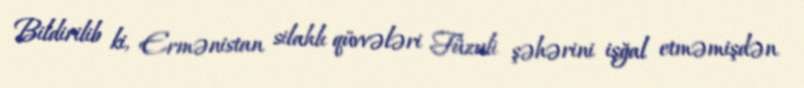
Bildirilib ki, Ermənistan silahlı qüvvələri Füzuli şəhərini işğal etməmişdən